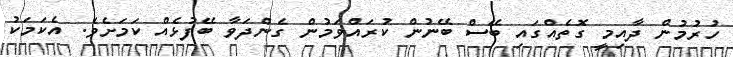
ހުރުމުން ދާއިމީ ގޮތެއްގައި ބޭސް ބޭނުން ކުރައްވަމުން ގެންދަވާ ބޭފުޅެއް ކަމަށެވެ. އެކަމަކު